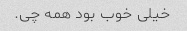
خیلی خوب بود همه چی.